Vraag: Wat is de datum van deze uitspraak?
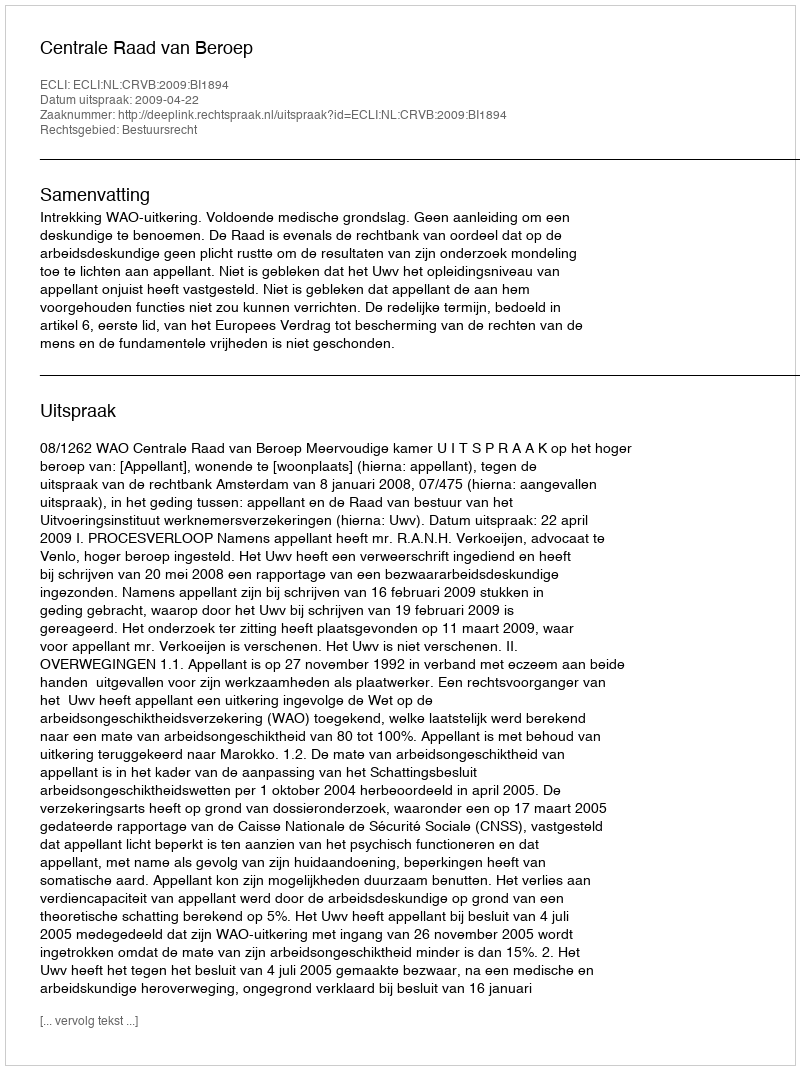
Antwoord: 2009-04-22